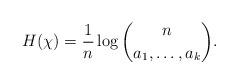
LaTeX: \begin{align*} H(\chi) = \frac1n \log \binom{n}{a_1,\dots,a_k}.\end{align*}